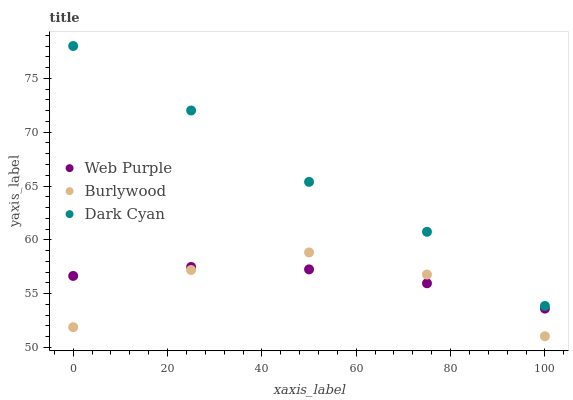
| xaxis_label | Web Purple | Burlywood | Dark Cyan |
 | --- | --- | --- | --- |
 | 0 | 56.6 | 51.9 | 78 |
 | 25 | 57.5 | 57.2 | 72 |
 | 50 | 57.3 | 58.8 | 65.4 |
 | 75 | 56 | 56.8 | 60.7 |
 | 100 | 53.6 | 51 | 53.9 |